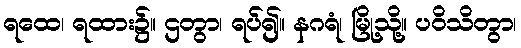
ရထေ၊ ရထား၌။ ဌတွာ၊ ရပ်၍။ နဂရံ၊ မြို့သို့။ ပဝိသိတွာ၊